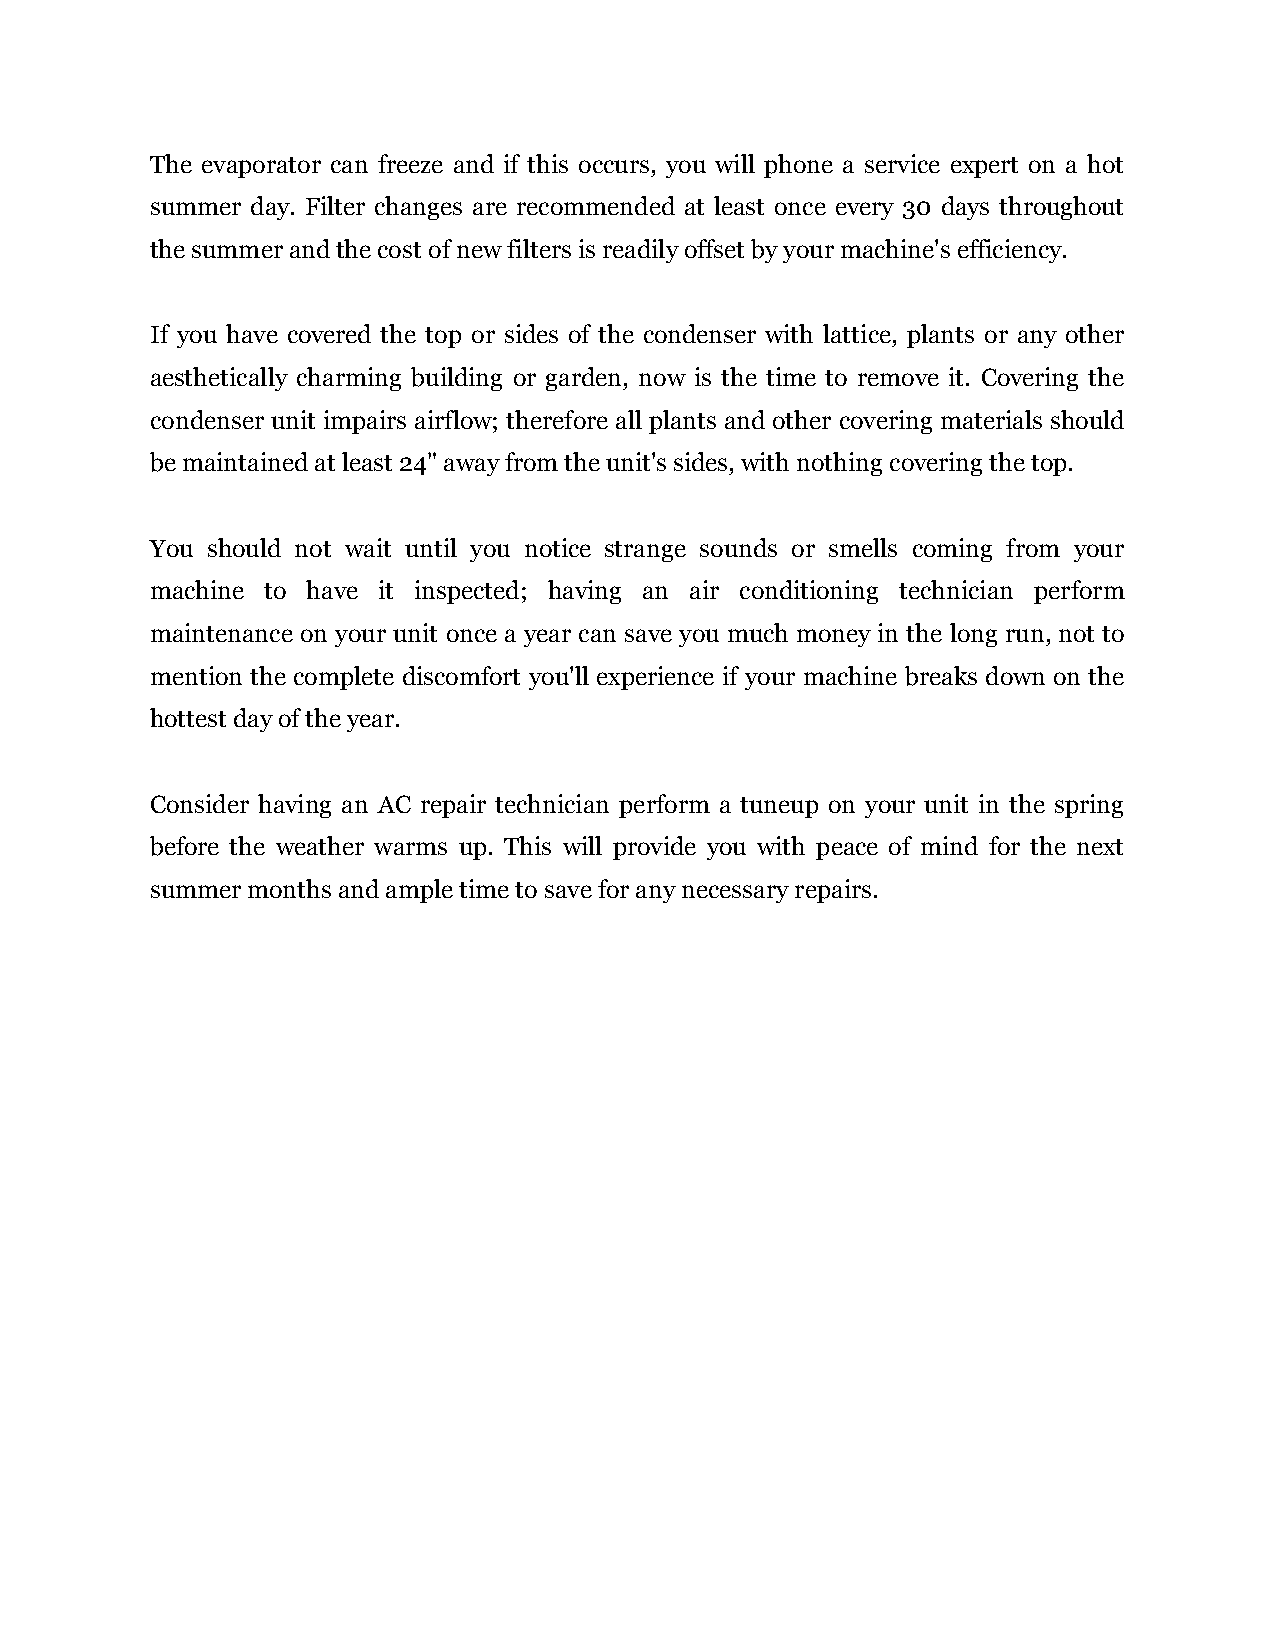
The evaporator can freeze and if this occurs, you will phone a service expert on a hot
 summer day. Filter changes are recommended at least once every 30 days throughout
 the summer and the cost of new filters is readily offset by your machine's efficiency.
 If you have covered the top or sides of the condenser with lattice, plants or any other
 aesthetically charming building or garden, now is the time to remove it. Covering the
 condenser unit impairs airflow; therefore all plants and other covering materials should
 be maintained at least 24" away from the unit's sides, with nothing covering the top.
 You should not wait until you notice strange sounds or smells coming from your
 machine to have it inspected; having an air conditioning technician perform
 maintenance on your unit once a year can save you much money in the long run, not to
 mention the complete discomfort you'll experience if your machine breaks down on the
 hottest day of the year.
 Consider having an AC repair technician perform a tuneup on your unit in the spring
 before the weather warms up. This will provide you with peace of mind for the next
 summer months and ample time to save for any necessary repairs.